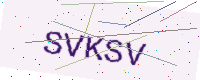
Text: SVKSV